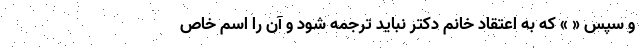
و سپس « » که به اعتقاد خانم دکتر نباید ترجمه شود و آن را اسم خاص